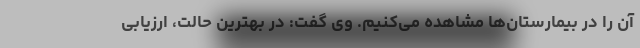
آن را در بیمارستان‌ها مشاهده می‌کنیم. وی گفت: در بهترین حالت، ارزیابی